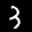
Label: 3